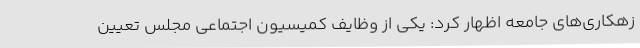
زهکاری‌های جامعه اظهار کرد: یکی از وظایف کمیسیون اجتماعی مجلس تعیین